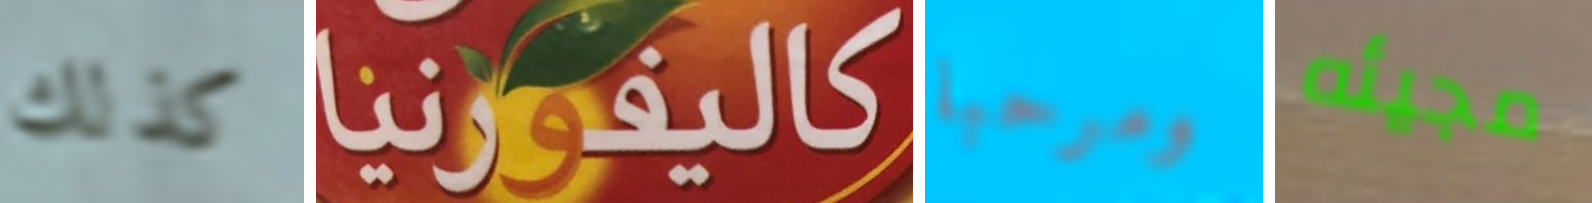
كذلك كاليفورنيا ومرحبا مجيئه